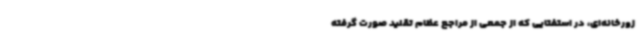
زورخانه‌ای، در استفتایی که از جمعی از مراجع عظام تقلید صورت گرفته